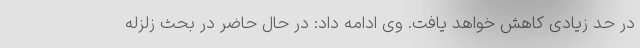
در حد زیادی کاهش خواهد یافت. وی ادامه داد: در حال حاضر در بحث زلزله